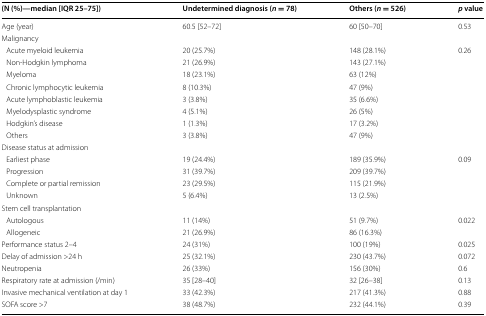
| (N (%)—median [IQR 25–75]) | Undetermined diagnosis (n = 78) | Others (n = 526) | p value |
 | --- | --- | --- | --- |
 | Age (year) | 60.5 [52–72] | 60 [50–70] | 0.53 |
 | Malignancy |  |  |  |
 | Acute myeloid leukemia | 20 (25.7%) | 148 (28.1%) | 0.26 |
 | Non-Hodgkin lymphoma | 21 (26.9%) | 143 (27.1%) |  |
 | Myeloma | 18 (23.1%) | 63 (12%) |  |
 | Chronic lymphocytic leukemia | 8 (10.3%) | 47 (9%) |  |
 | Acute lymphoblastic leukemia | 3 (3.8%) | 35 (6.6%) |  |
 | Myelodysplastic syndrome | 4 (5.1%) | 26 (5%) |  |
 | Hodgkin’s disease | 1 (1.3%) | 17 (3.2%) |  |
 | Others | 3 (3.8%) | 47 (9%) |  |
 | Disease status at admission |  |  |  |
 | Earliest phase | 19 (24.4%) | 189 (35.9%) | 0.09 |
 | Progression | 31 (39.7%) | 209 (39.7%) |  |
 | Complete or partial remission | 23 (29.5%) | 115 (21.9%) |  |
 | Unknown | 5 (6.4%) | 13 (2.5%) |  |
 | Stem cell transplantation |  |  |  |
 | Autologous | 11 (14%) | 51 (9.7%) | 0.022 |
 | Allogeneic | 21 (26.9%) | 86 (16.3%) |  |
 | Performance status 2–4 | 24 (31%) | 100 (19%) | 0.025 |
 | Delay of admission >24 h | 25 (32.1%) | 230 (43.7%) | 0.072 |
 | Neutropenia | 26 (33%) | 156 (30%) | 0.6 |
 | Respiratory rate at admission (/min) | 35 [28–40] | 32 [26–38] | 0.13 |
 | Invasive mechanical ventilation at day 1 | 33 (42.3%) | 217 (41.3%) | 0.88 |
 | SOFA score >7 | 38 (48.7%) | 232 (44.1%) | 0.39 |